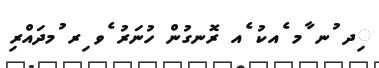
ިދ ުނ ާމ ެއކު ެއ ރޮނގުން ހުނަރު ެވ ިރ ުމދައްރި